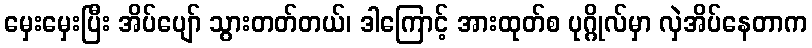
မှေးမှေးပြီး အိပ်ပျော် သွားတတ်တယ်၊ ဒါကြောင့် အားထုတ်စ ပုဂ္ဂိုလ်မှာ လှဲအိပ်နေတာက